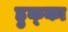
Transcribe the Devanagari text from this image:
हुक्‍का